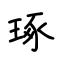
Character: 琢